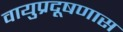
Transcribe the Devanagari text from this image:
वायुप्रदूषणास